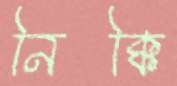
নিক্কি